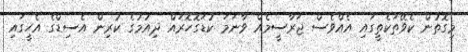
މިގޮތުން ކެވޭތަކެތީގައި އެއްވެސް ޖަރާސީމެއް ވާނަމަ ކުޑަގޮހޮރައް ދިއުމުގެ ކުރިން އެސިޑްގެ އެހީގައި